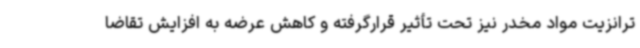
ترانزیت مواد مخدر نیز تحت تأثیر قرارگرفته و کاهش عرضه به افزایش تقاضا